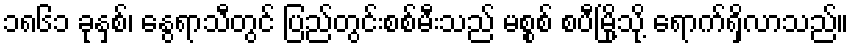
၁၈၆၁ ခုနှစ်၊ နွေရာသီတွင် ပြည်တွင်းစစ်မီးသည် မစ္စစ် စပီမြို့သို့ ရောက်ရှိလာသည်။